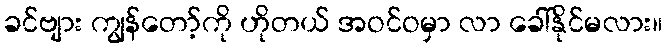
ခင်ဗျား ကျွန်တော့်ကို ဟိုတယ် အဝင်ဝမှာ လာ ခေါ်နိုင်မလား။